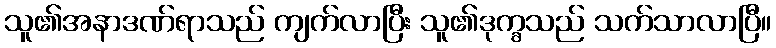
သူ၏အနာဒဏ်ရာသည် ကျက်လာပြီး သူ၏ဒုက္ခသည် သက်သာလာပြီ။